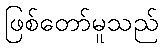
ဖြစ်တော်မူသည်